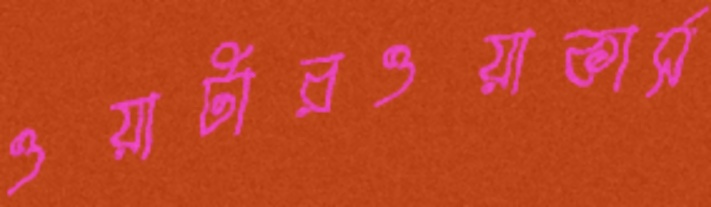
ওয়াটারওয়াকার্স